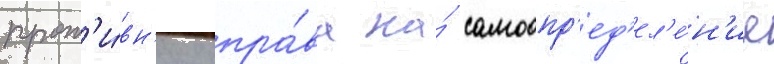
прот'и́вн'ику пра́ва на́ самоопр'ед'ел'е́н'ие